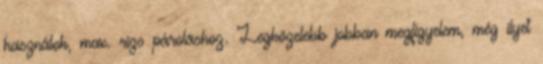
használok, max. rizs pároláshoz. Legközelebb jobban megfigyelem, még ilyet